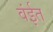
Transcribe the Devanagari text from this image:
वंईत